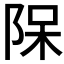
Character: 𨹦